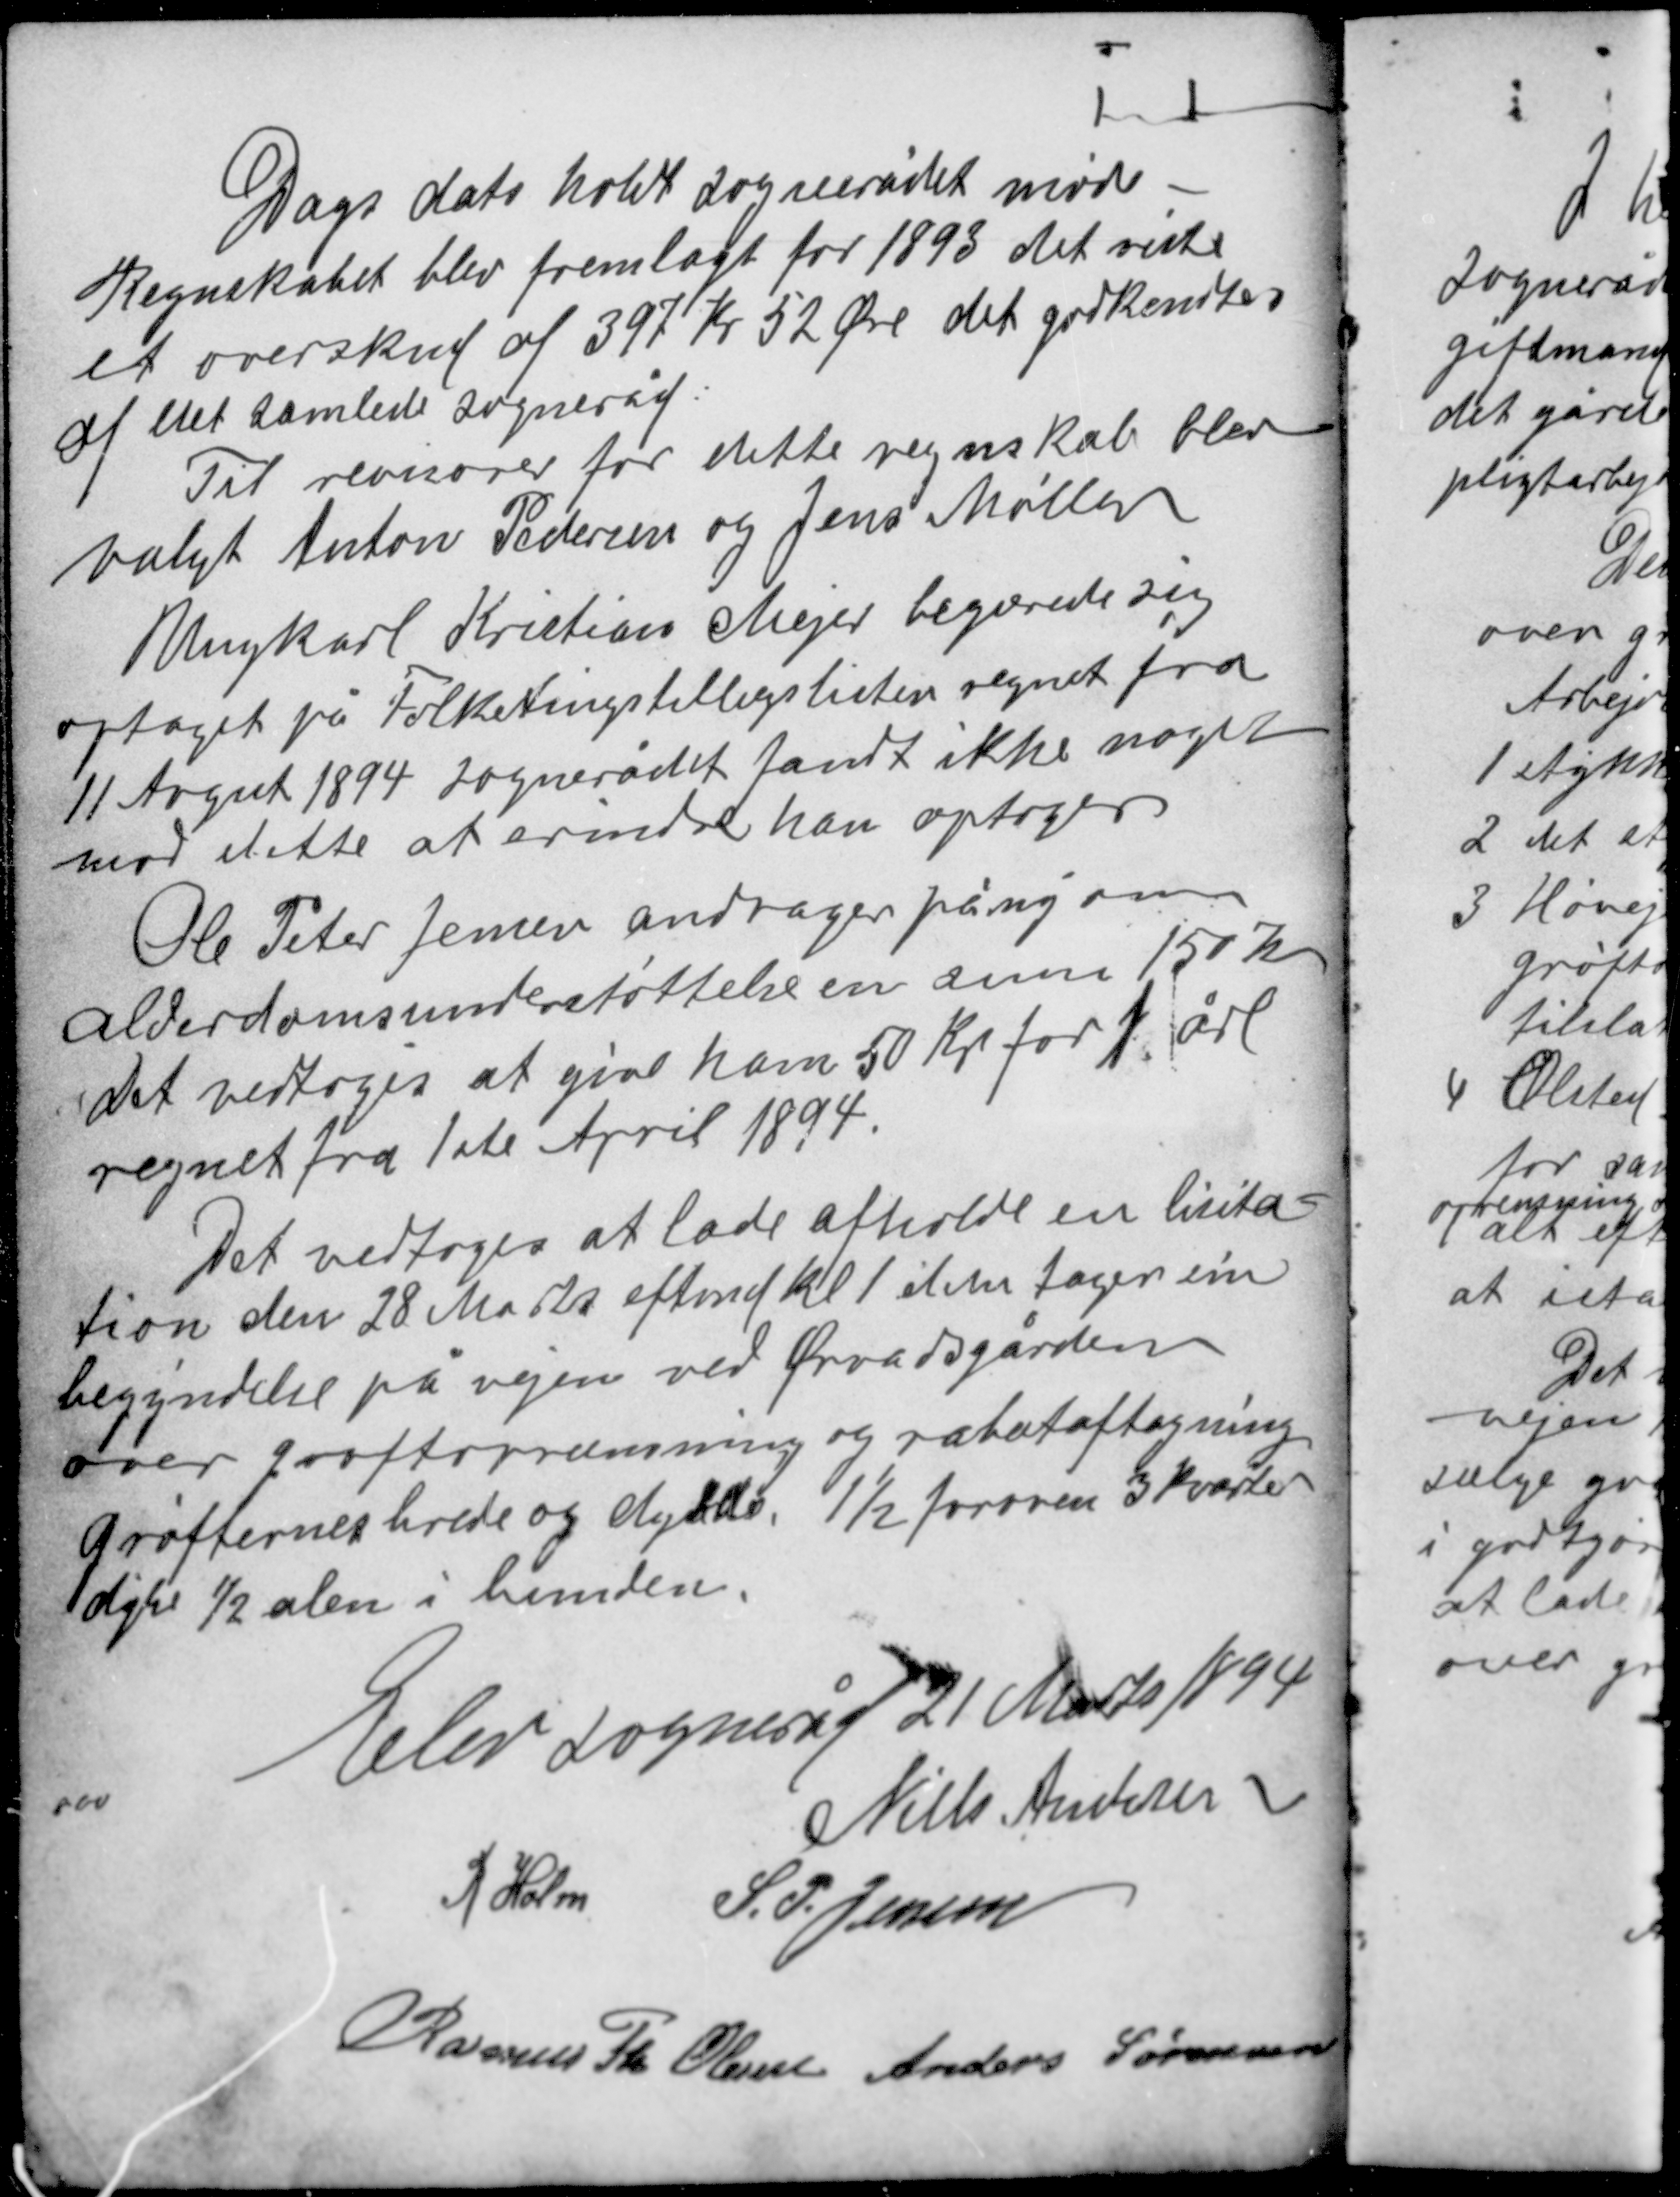
Transskription:
Dags dato holdt sognerådet møde.
Regnskabet blev fremlagt for 1893 det viste
et overskud af 397 Kr 52 Øre det godkendtes
af det samlede sogneråd.
Til revisorer for dette regnskab blev
valgt Anton Pedersen og Jens Møller

Ungkarl Kristian Mejer begærede sig
optaget på Folketingstillægslisten regnet fra
11 August 1894 sognerådet fandt ikke noget
mod dette at erindre han optoges

Ole Peter Jensen andrager på ny om
alderdomsunderstøttelse en sum 150 kr
det vedtoges at give ham 50 Kr for 1 år
regnet fra 1ste April 1894.

Det vedtoges at lade afholde en lisita-
tion den 28 Marts eftmd kl 1 den tager sin
begyndelse på vejen ved Ørvadsgården
over grøftoprensning og rabataftagning
Grøfternes brede og dybde 1½ foroven 3 kvarter
dybe ½ alen i bunden.

Elev sogneråd 21 Marts 1894
Niels Andersen
R Holm S. P. Jensen
Rasmus Th Olesen Anders Sørensen